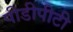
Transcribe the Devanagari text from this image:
पीडीपीटी